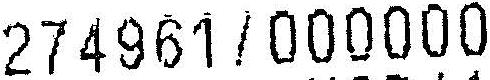
274961/000000